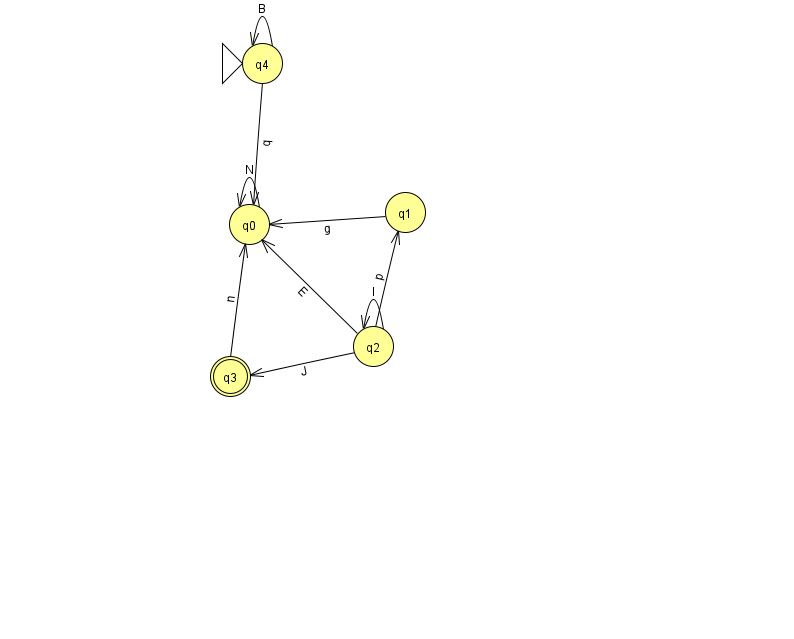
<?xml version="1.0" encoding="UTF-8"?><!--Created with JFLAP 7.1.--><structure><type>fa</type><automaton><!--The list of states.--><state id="0" name="q0"><x>249.0</x><y>211.0</y></state><state id="1" name="q1"><x>405.0</x><y>199.0</y></state><state id="2" name="q2"><x>373.0</x><y>333.0</y></state><state id="3" name="q3"><x>230.0</x><y>363.0</y><final/></state><state id="4" name="q4"><x>262.0</x><y>50.0</y><initial/></state><!--The list of transitions.--><transition><from>2</from><to>0</to><read>E</read></transition><transition><from>4</from><to>4</to><read>B</read></transition><transition><from>2</from><to>3</to><read>J</read></transition><transition><from>3</from><to>0</to><read>n</read></transition><transition><from>1</from><to>0</to><read>g</read></transition><transition><from>2</from><to>2</to><read>I</read></transition><transition><from>4</from><to>0</to><read>q</read></transition><transition><from>2</from><to>1</to><read>p</read></transition><transition><from>0</from><to>0</to><read>N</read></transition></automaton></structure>